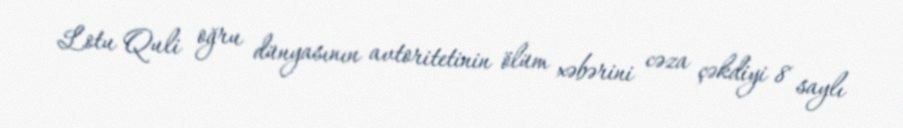
Lotu Quli oğru dünyasının avtoritetinin ölüm xəbərini cəza çəkdiyi 8 saylı